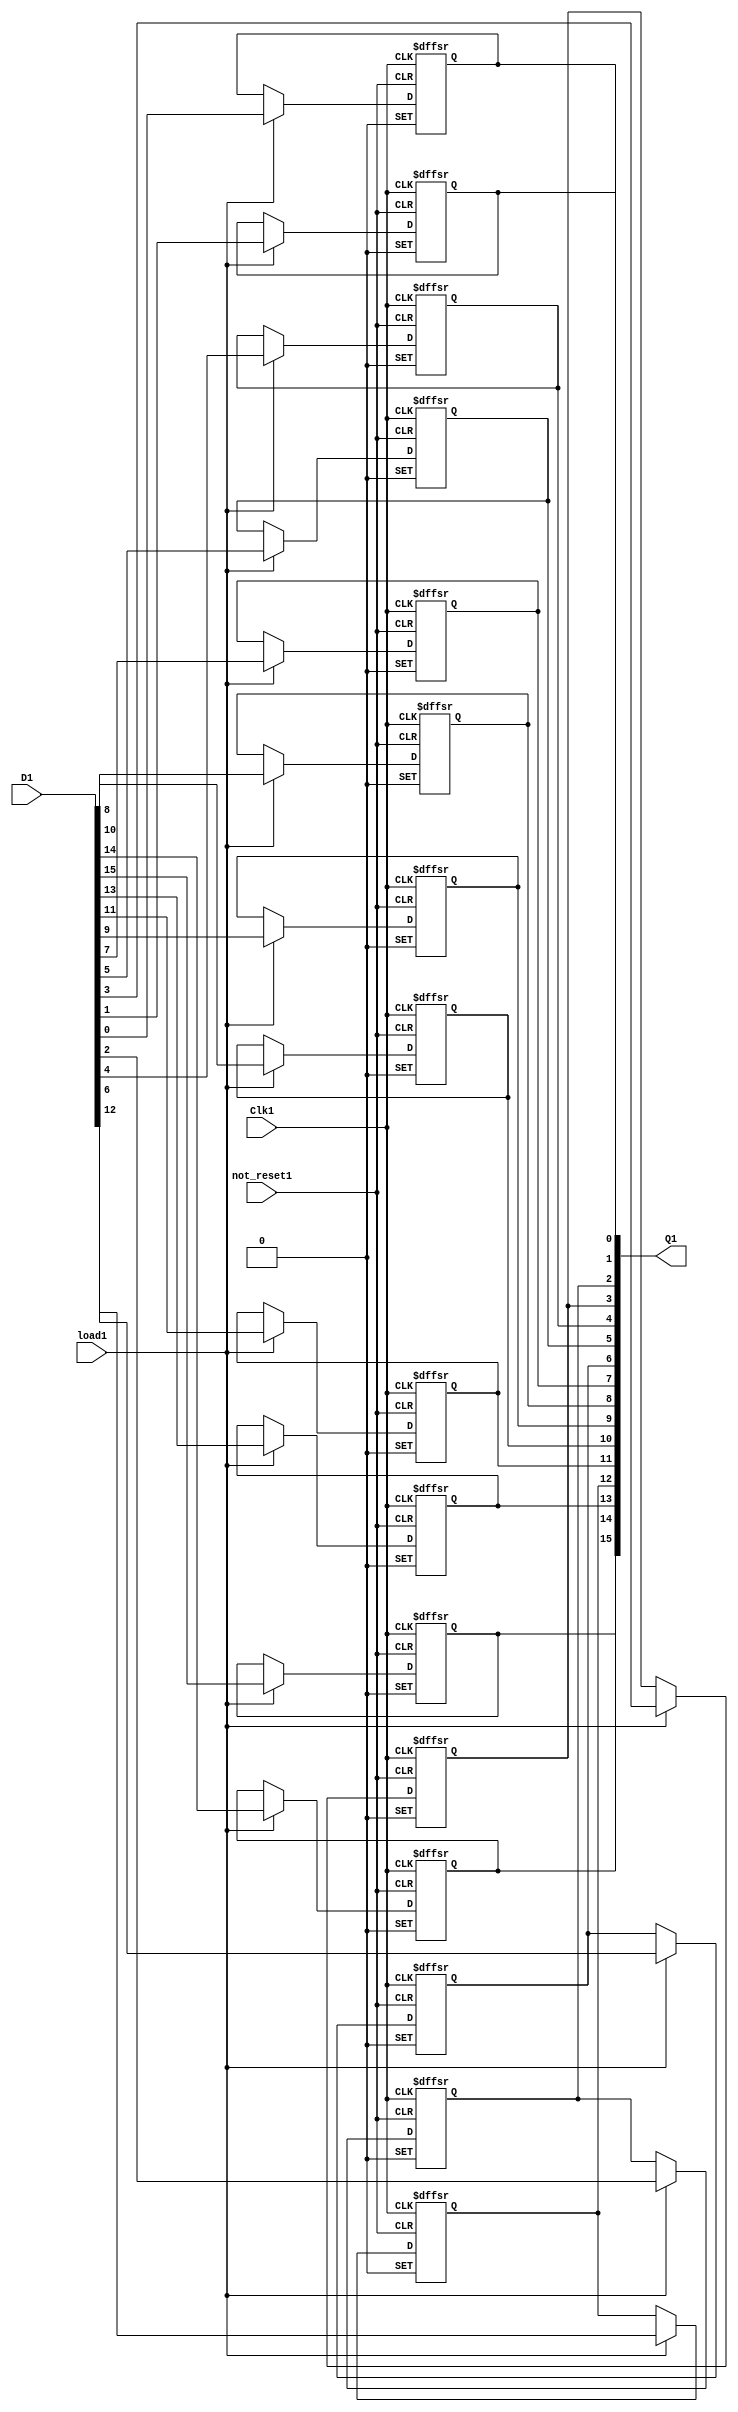
module register_16bit(
	not_reset1,
	Clk1,
	load1,
	D1,
	Q1
);


input wire	not_reset1;
input wire	Clk1;
input wire	load1;
input wire	[15:0] D1;
output wire	[15:0] Q1;

reg	[15:0] Q_ALTERA_SYNTHESIZED1;
wire	SYNTHESIZED_WIRE_16;

assign	SYNTHESIZED_WIRE_16 = 1;




always@(posedge Clk1 or negedge not_reset1 or negedge SYNTHESIZED_WIRE_16)
begin
if (!not_reset1)
	begin
	Q_ALTERA_SYNTHESIZED1[12] <= 0;
	end
else
if (!SYNTHESIZED_WIRE_16)
	begin
	Q_ALTERA_SYNTHESIZED1[12] <= 1;
	end
else
if (load1)
	begin
	Q_ALTERA_SYNTHESIZED1[12] <= D1[12];
	end
end


always@(posedge Clk1 or negedge not_reset1 or negedge SYNTHESIZED_WIRE_16)
begin
if (!not_reset1)
	begin
	Q_ALTERA_SYNTHESIZED1[6] <= 0;
	end
else
if (!SYNTHESIZED_WIRE_16)
	begin
	Q_ALTERA_SYNTHESIZED1[6] <= 1;
	end
else
if (load1)
	begin
	Q_ALTERA_SYNTHESIZED1[6] <= D1[6];
	end
end


always@(posedge Clk1 or negedge not_reset1 or negedge SYNTHESIZED_WIRE_16)
begin
if (!not_reset1)
	begin
	Q_ALTERA_SYNTHESIZED1[4] <= 0;
	end
else
if (!SYNTHESIZED_WIRE_16)
	begin
	Q_ALTERA_SYNTHESIZED1[4] <= 1;
	end
else
if (load1)
	begin
	Q_ALTERA_SYNTHESIZED1[4] <= D1[4];
	end
end


always@(posedge Clk1 or negedge not_reset1 or negedge SYNTHESIZED_WIRE_16)
begin
if (!not_reset1)
	begin
	Q_ALTERA_SYNTHESIZED1[2] <= 0;
	end
else
if (!SYNTHESIZED_WIRE_16)
	begin
	Q_ALTERA_SYNTHESIZED1[2] <= 1;
	end
else
if (load1)
	begin
	Q_ALTERA_SYNTHESIZED1[2] <= D1[2];
	end
end


always@(posedge Clk1 or negedge not_reset1 or negedge SYNTHESIZED_WIRE_16)
begin
if (!not_reset1)
	begin
	Q_ALTERA_SYNTHESIZED1[0] <= 0;
	end
else
if (!SYNTHESIZED_WIRE_16)
	begin
	Q_ALTERA_SYNTHESIZED1[0] <= 1;
	end
else
if (load1)
	begin
	Q_ALTERA_SYNTHESIZED1[0] <= D1[0];
	end
end


always@(posedge Clk1 or negedge not_reset1 or negedge SYNTHESIZED_WIRE_16)
begin
if (!not_reset1)
	begin
	Q_ALTERA_SYNTHESIZED1[1] <= 0;
	end
else
if (!SYNTHESIZED_WIRE_16)
	begin
	Q_ALTERA_SYNTHESIZED1[1] <= 1;
	end
else
if (load1)
	begin
	Q_ALTERA_SYNTHESIZED1[1] <= D1[1];
	end
end


always@(posedge Clk1 or negedge not_reset1 or negedge SYNTHESIZED_WIRE_16)
begin
if (!not_reset1)
	begin
	Q_ALTERA_SYNTHESIZED1[3] <= 0;
	end
else
if (!SYNTHESIZED_WIRE_16)
	begin
	Q_ALTERA_SYNTHESIZED1[3] <= 1;
	end
else
if (load1)
	begin
	Q_ALTERA_SYNTHESIZED1[3] <= D1[3];
	end
end


always@(posedge Clk1 or negedge not_reset1 or negedge SYNTHESIZED_WIRE_16)
begin
if (!not_reset1)
	begin
	Q_ALTERA_SYNTHESIZED1[5] <= 0;
	end
else
if (!SYNTHESIZED_WIRE_16)
	begin
	Q_ALTERA_SYNTHESIZED1[5] <= 1;
	end
else
if (load1)
	begin
	Q_ALTERA_SYNTHESIZED1[5] <= D1[5];
	end
end


always@(posedge Clk1 or negedge not_reset1 or negedge SYNTHESIZED_WIRE_16)
begin
if (!not_reset1)
	begin
	Q_ALTERA_SYNTHESIZED1[7] <= 0;
	end
else
if (!SYNTHESIZED_WIRE_16)
	begin
	Q_ALTERA_SYNTHESIZED1[7] <= 1;
	end
else
if (load1)
	begin
	Q_ALTERA_SYNTHESIZED1[7] <= D1[7];
	end
end


always@(posedge Clk1 or negedge not_reset1 or negedge SYNTHESIZED_WIRE_16)
begin
if (!not_reset1)
	begin
	Q_ALTERA_SYNTHESIZED1[9] <= 0;
	end
else
if (!SYNTHESIZED_WIRE_16)
	begin
	Q_ALTERA_SYNTHESIZED1[9] <= 1;
	end
else
if (load1)
	begin
	Q_ALTERA_SYNTHESIZED1[9] <= D1[9];
	end
end


always@(posedge Clk1 or negedge not_reset1 or negedge SYNTHESIZED_WIRE_16)
begin
if (!not_reset1)
	begin
	Q_ALTERA_SYNTHESIZED1[11] <= 0;
	end
else
if (!SYNTHESIZED_WIRE_16)
	begin
	Q_ALTERA_SYNTHESIZED1[11] <= 1;
	end
else
if (load1)
	begin
	Q_ALTERA_SYNTHESIZED1[11] <= D1[11];
	end
end


always@(posedge Clk1 or negedge not_reset1 or negedge SYNTHESIZED_WIRE_16)
begin
if (!not_reset1)
	begin
	Q_ALTERA_SYNTHESIZED1[13] <= 0;
	end
else
if (!SYNTHESIZED_WIRE_16)
	begin
	Q_ALTERA_SYNTHESIZED1[13] <= 1;
	end
else
if (load1)
	begin
	Q_ALTERA_SYNTHESIZED1[13] <= D1[13];
	end
end


always@(posedge Clk1 or negedge not_reset1 or negedge SYNTHESIZED_WIRE_16)
begin
if (!not_reset1)
	begin
	Q_ALTERA_SYNTHESIZED1[15] <= 0;
	end
else
if (!SYNTHESIZED_WIRE_16)
	begin
	Q_ALTERA_SYNTHESIZED1[15] <= 1;
	end
else
if (load1)
	begin
	Q_ALTERA_SYNTHESIZED1[15] <= D1[15];
	end
end



always@(posedge Clk1 or negedge not_reset1 or negedge SYNTHESIZED_WIRE_16)
begin
if (!not_reset1)
	begin
	Q_ALTERA_SYNTHESIZED1[14] <= 0;
	end
else
if (!SYNTHESIZED_WIRE_16)
	begin
	Q_ALTERA_SYNTHESIZED1[14] <= 1;
	end
else
if (load1)
	begin
	Q_ALTERA_SYNTHESIZED1[14] <= D1[14];
	end
end


always@(posedge Clk1 or negedge not_reset1 or negedge SYNTHESIZED_WIRE_16)
begin
if (!not_reset1)
	begin
	Q_ALTERA_SYNTHESIZED1[10] <= 0;
	end
else
if (!SYNTHESIZED_WIRE_16)
	begin
	Q_ALTERA_SYNTHESIZED1[10] <= 1;
	end
else
if (load1)
	begin
	Q_ALTERA_SYNTHESIZED1[10] <= D1[10];
	end
end


always@(posedge Clk1 or negedge not_reset1 or negedge SYNTHESIZED_WIRE_16)
begin
if (!not_reset1)
	begin
	Q_ALTERA_SYNTHESIZED1[8] <= 0;
	end
else
if (!SYNTHESIZED_WIRE_16)
	begin
	Q_ALTERA_SYNTHESIZED1[8] <= 1;
	end
else
if (load1)
	begin
	Q_ALTERA_SYNTHESIZED1[8] <= D1[8];
	end
end

assign	Q1 = Q_ALTERA_SYNTHESIZED1;

endmodule